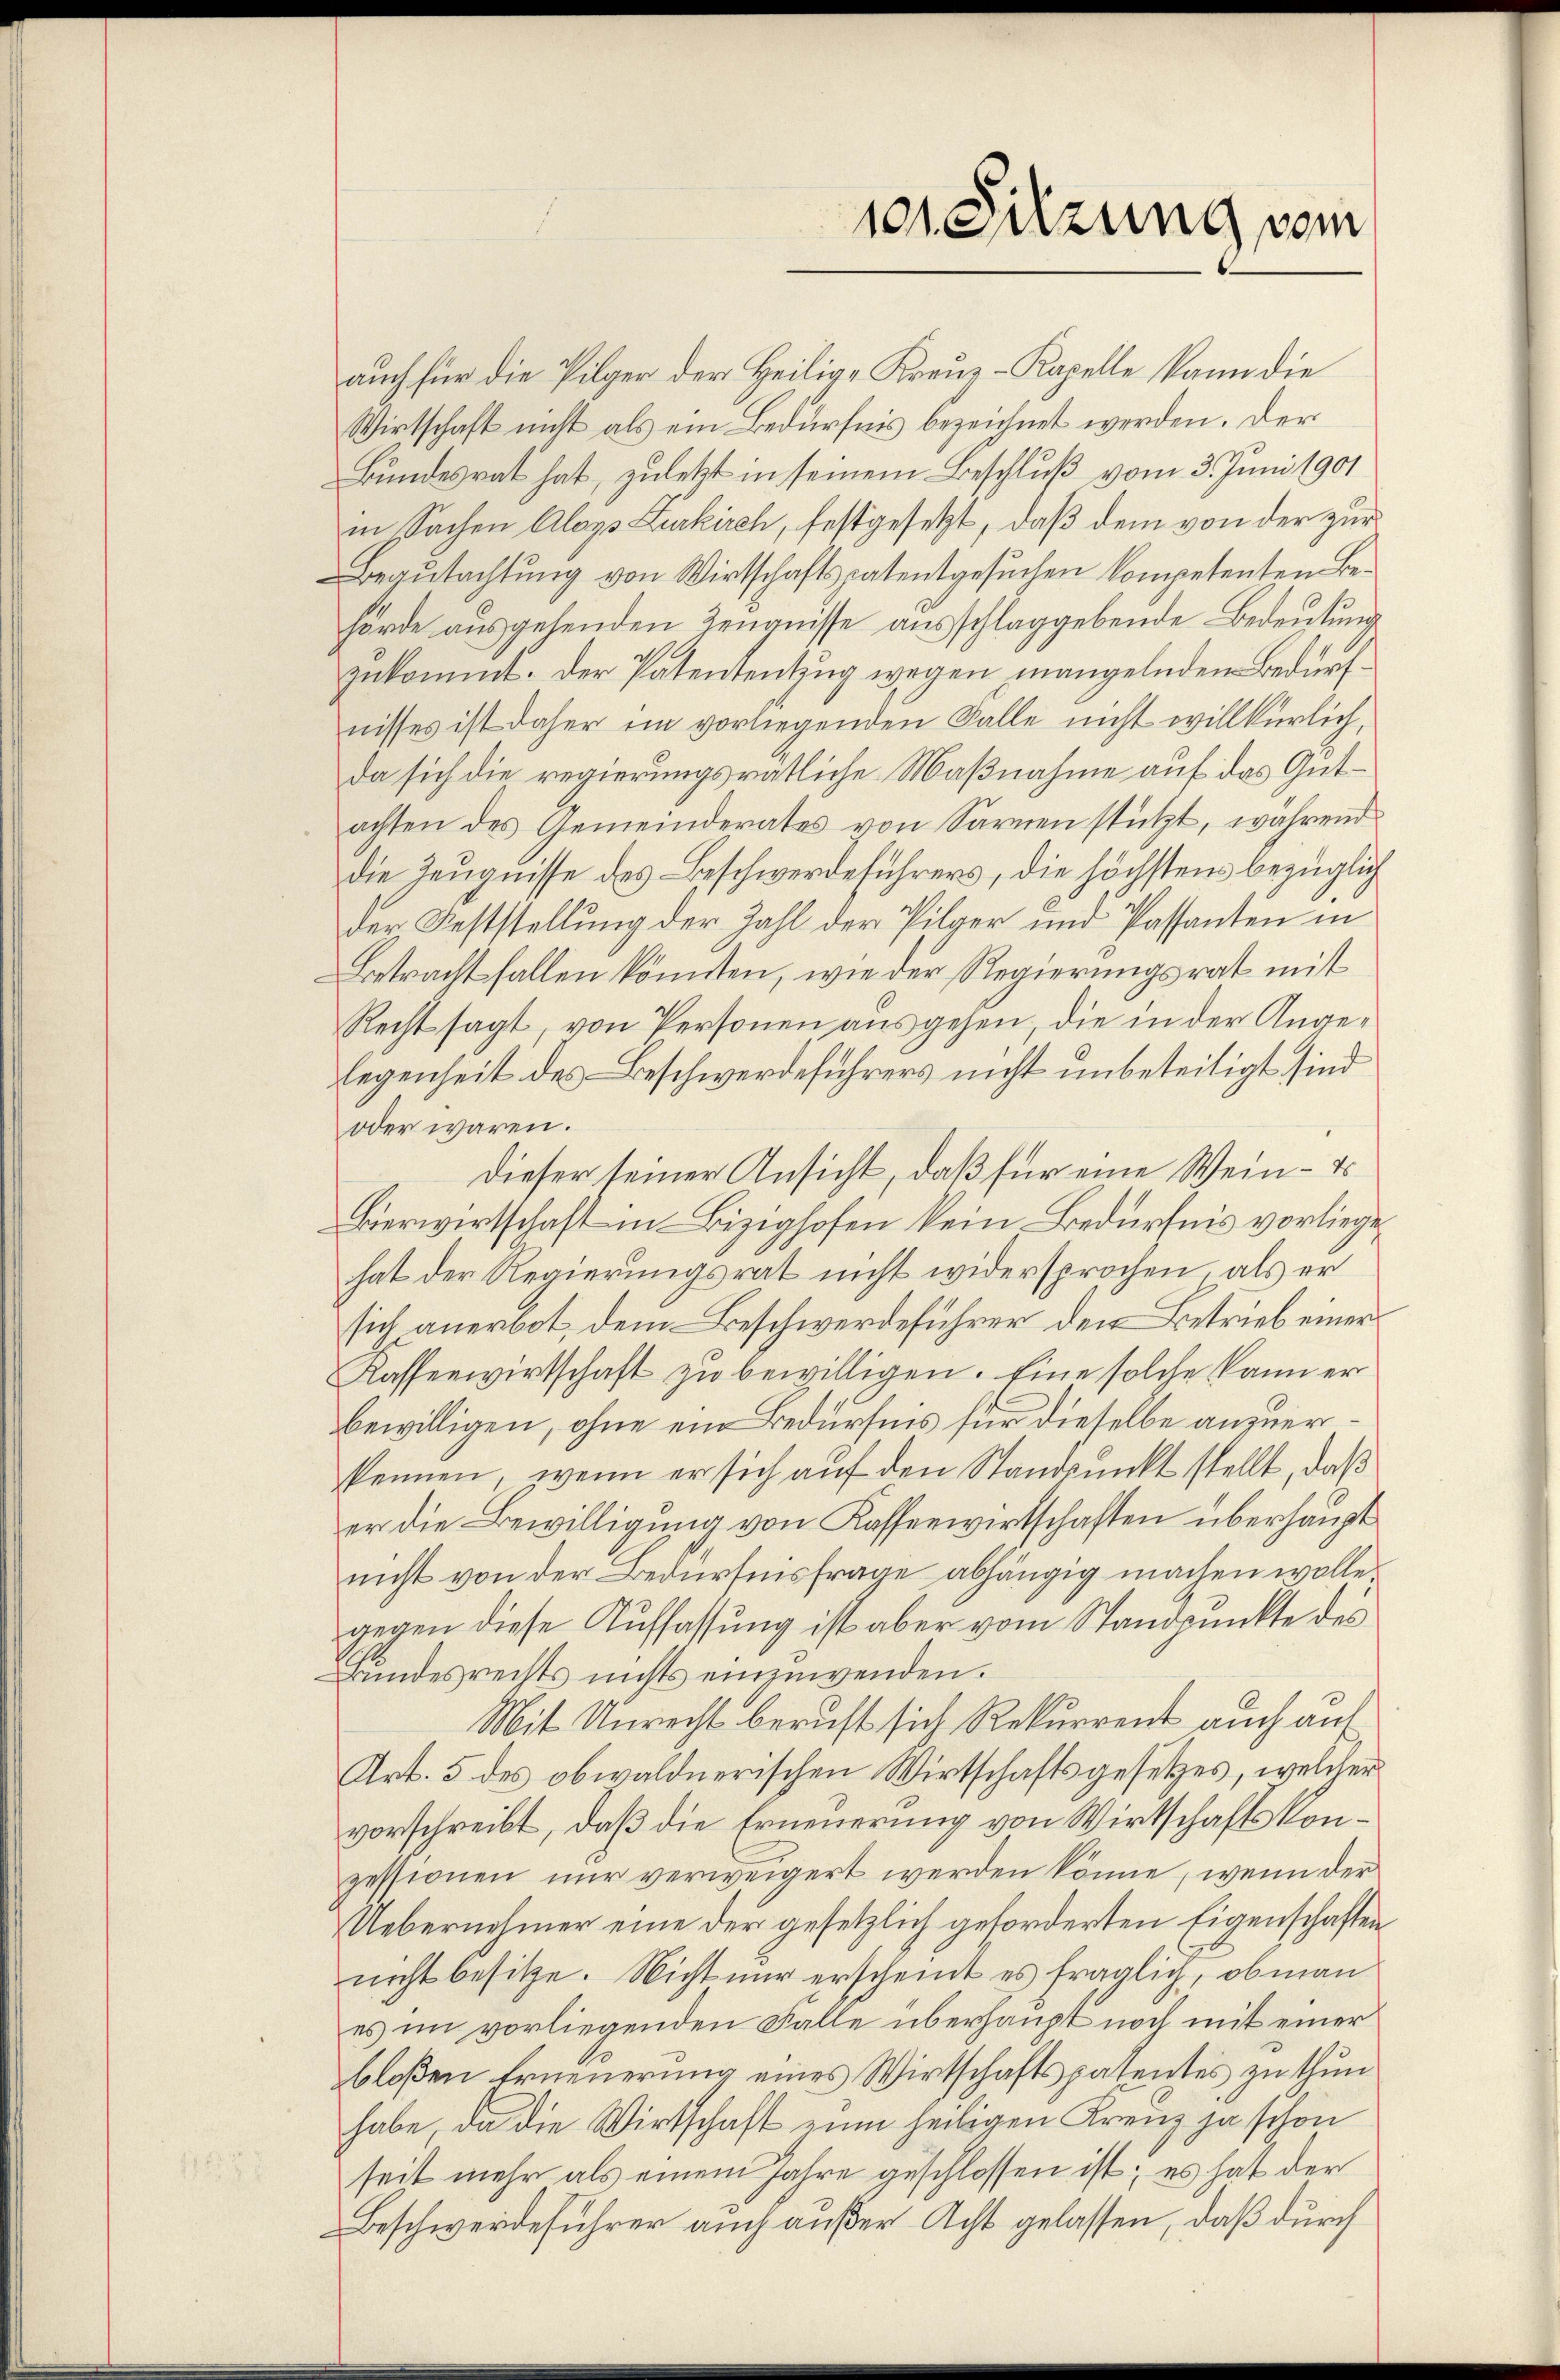
auch für die Pilger der Heilige Kreuz-Kapelle kann die
Wirtschaft nicht als ein Bedürfnis bezeichnet werden. Der
Bundesrat hat, zuletzt in seinem Beschluß vom 3. Juni 1901
in Sachen Aloys Zurkirch, festgesetzt, daß dem von der zur
egutachtung von Wirtschaftspatentgesuchen kompetenten Behörde ausgehenden Zeugnisse ausschlaggebende Bedeutung
zukommt. Der Patententzug wegen mangelnden Bedürfnisses ist daher im vorliegenden Falle nicht willkürlich,
da sich die regierungsrätliche Maßnahme auf das Gutachten des Gemeinderates von Sarnen stützt, während
die Zeugnisse des Beschwerdeführers, die höchstens bezüglich
der Feststellung der Zahl der Pilger und Passanten in
Betracht fallen könnten, wie der Regierungsrat mit
Recht sagt, von Personen ausgehen, die in der Angelegenheit des Beschwerdeführers nicht unbeseitigt sind
oder waren.
dieser seiner Ansicht, daß für eine Wein - es
Bierwirtschaft in Bezighofen kein Bedürfnis vorliege
hat der Regierungsrat nicht widersprochen, als er
sich anerbot, dem Beschwerdeführer den Betrieb einer
Kassenwirtschaft zu bewilligen. Eine solche kann er
bewilligen, ohne ein Bedürfnis für dieselbe anzuerskennen, wenn er sich auf den Standpunkt stellt, daß
er die Bewilligung von Kassenwirtschaften überhaupt
nicht von der Bedürfnisfrage abhängig machen wolle.
gegen diese Auffassung ist aber vom Standpunkte des
rŭndesrechts nichts einzuwenden.
Mit Unrecht beruft sich Rekurrent auch auf
Art. 5 des obwaldnerischen Wirtschaftsgesetzes, welcher
vorschreibt, daß die Erneuerung von Wirtschaftskonzessionen nur verweigert werden könne, wenn der
Uebernehmer eine der gesetzlich geforderten Eigenschaften
nicht besitze. Nicht nur erscheint es fraglich, obman
es im vorliegenden Falle überhaupt noch mit einer
bloßen Erneuerung eines Wirtschaftspatentes zu thun
habe, da die Wirtschaft zum heiligen Kreuz ja schon
seit mehr als einem Jahre geschlossen ist; es hat der
Beschwerdeführer auch außer Acht gelassen, daß durch

101. Sitzung vom